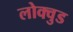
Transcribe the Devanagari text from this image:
लोक्वुड